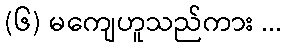
(၆) မကျေဟူသည်ကား ...